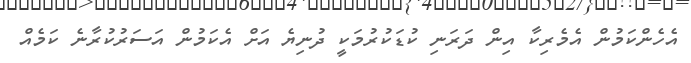
އެހެންކަމުން އެމެރިކާ އިން ދަރަނި ކުޑަކުރުމަކީ ދުނިޔެ އަށް އެކަމުން އަސަރުކުރާނެ ކަމެއް